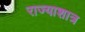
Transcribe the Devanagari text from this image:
राज्याशात्र